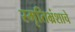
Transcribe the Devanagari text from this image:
स्मृतिभ्रंशाचे